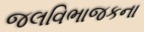
જલવિભાજકના